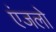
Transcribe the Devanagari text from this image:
एंजलो